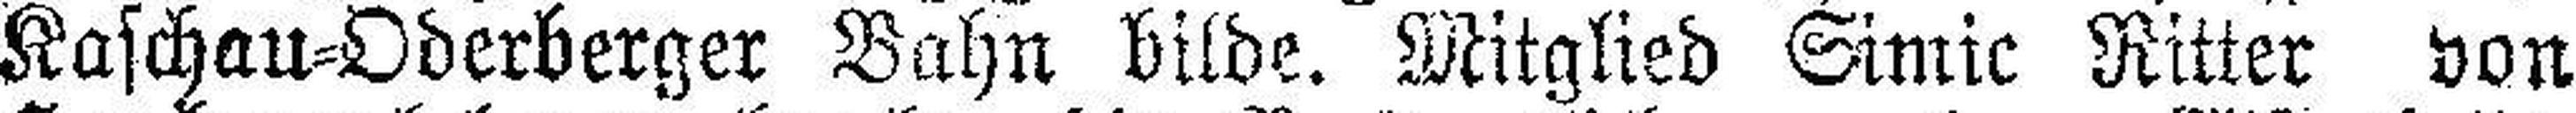
Kaschau=Oderberger Bahn bilde. Mitglied Simic Ritter von